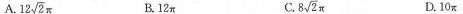
A. $$1 2 \sqrt { 2 }π $$ B.12π C.$$8 \sqrt { 2 } π $$ D.10π